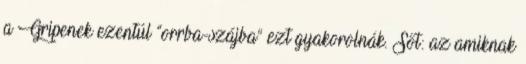
a Gripenek ezentúl “orrba-szájba” ezt gyakorolnák. Sőt: az amiknak